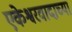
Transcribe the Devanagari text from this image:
एकेश्वरवादाच्या